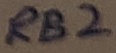
Text: RB2